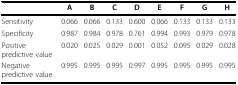
<table><thead><tr><td></td><td><b>A</b></td><td><b>B</b></td><td><b>C</b></td><td><b>D</b></td><td><b>E</b></td><td><b>F</b></td><td><b>G</b></td><td><b>H</b></td></tr></thead><tbody><tr><td>Sensitivity</td><td>0.066</td><td>0.066</td><td>0.133</td><td>0.600</td><td>0.066</td><td>0.133</td><td>0.133</td><td>0.133</td></tr><tr><td>Specificity</td><td>0.987</td><td>0.984</td><td>0.978</td><td>0.761</td><td>0.994</td><td>0.993</td><td>0.979</td><td>0.978</td></tr><tr><td>Positive predictive value</td><td>0.020</td><td>0.025</td><td>0.029</td><td>0.001</td><td>0.052</td><td>0.095</td><td>0.029</td><td>0.028</td></tr><tr><td>Negative predictive value</td><td>0.995</td><td>0.995</td><td>0.995</td><td>0.997</td><td>0.995</td><td>0.995</td><td>0.995</td><td>0.995</td></tr></tbody></table>